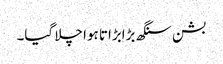
بشن سنگھ بڑابڑاتا ہوا چلا گیا۔